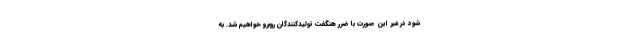
شود در غیر این صورت با ضرر هنگفت تولیدکنندگان روبرو خواهیم شد. به